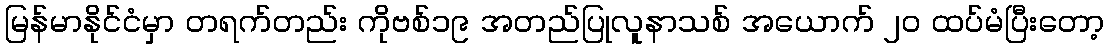
မြန်မာနိုင်ငံမှာ တရက်တည်း ကိုဗစ်၁၉ အတည်ပြုလူနာသစ် အယောက် ၂၀ ထပ်မံပြီးတော့